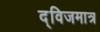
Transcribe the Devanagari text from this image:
द्विजमात्र